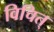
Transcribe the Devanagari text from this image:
विचित्